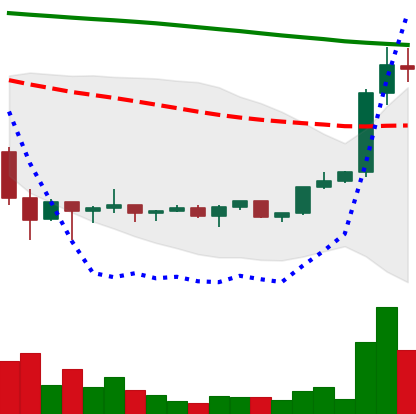
Ticker: XRP-USD
Chart end date: 2022-02-09
Forward return: -7.857%
Label: down_7plus